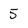
Character: 5